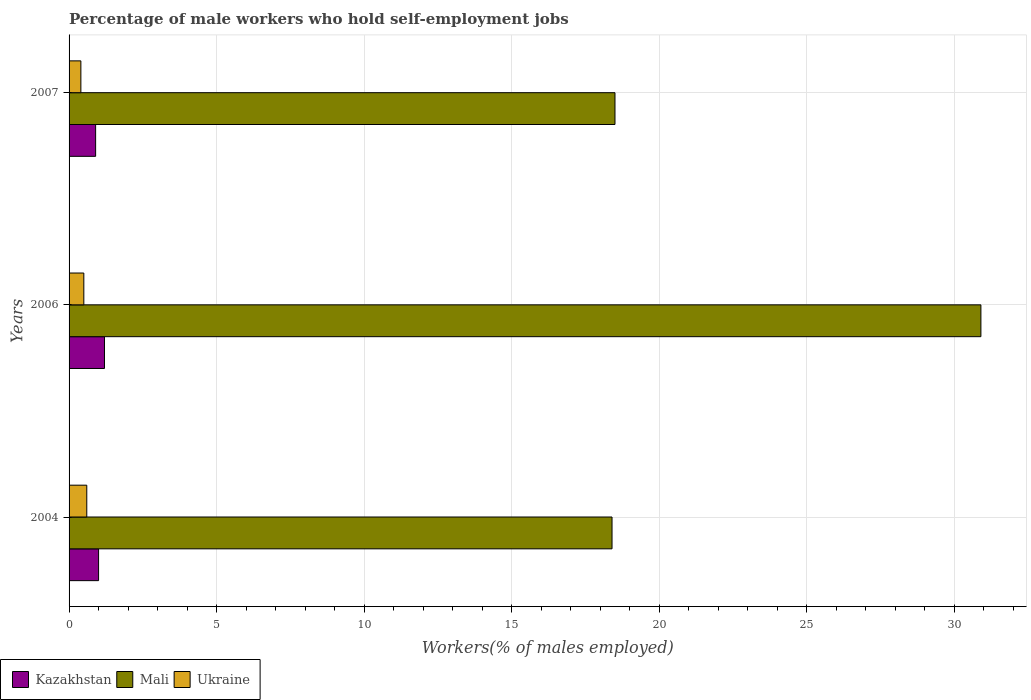
| Years | Kazakhstan | Mali | Ukraine |
 | --- | --- | --- | --- |
 | 2004 | 1 | 18.4 | 0.6 |
 | 2006 | 1.2 | 30.9 | 0.5 |
 | 2007 | 0.9 | 18.5 | 0.4 |